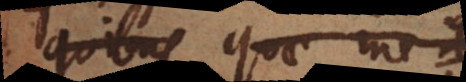
quibus quae me